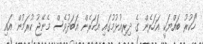
"ހަކުރު ބައްޔަކީ އަހަރެން ގެ ދިރިއުޅުމުގައި އަހަރެން އަބަދުވެސް މެނޭޖު ކުރަމުން އައި